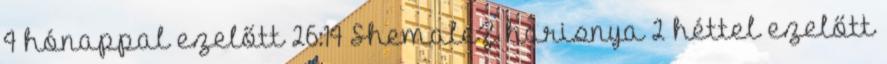
4 hónappal ezelőtt 26:14 ShemaleZ harisnya 2 héttel ezelőtt